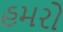
હમરો